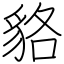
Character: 貉